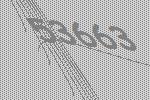
53663